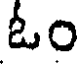
ఓం